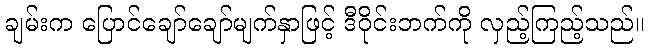
ချမ်းက ပြောင်ချော်ချော်မျက်နှာဖြင့် ဒီဝိုင်းဘက်ကို လှည့်ကြည့်သည်။